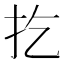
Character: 扢